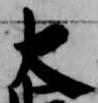
大